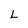
Character: L